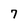
Character: 7